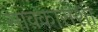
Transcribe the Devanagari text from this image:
सावकाराशी